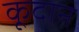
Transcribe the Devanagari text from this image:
कूदान